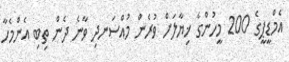
އެމްޑީޕީގެ 200 މީހުންގެ ޚިޔާލަށް ވުރެން މުއްސަނދި ވާނެ ދެން ތިބި އެންމެހާ